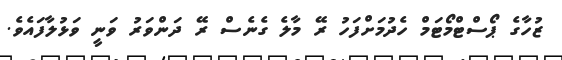
ޒުހާގެ ޕޯސްޓްމޯޓަމް ހެދުމަށްފަހު ރޭ މާލެ ގެނެސް ރޭ ދަންވަރު ވަނީ ވަޅުލާފައެވެ.